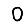
Digit: 0